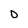
Character: 0